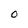
Character: O